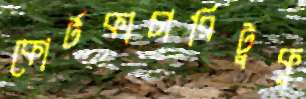
কোর্টকাচারিটুকু